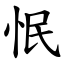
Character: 怋